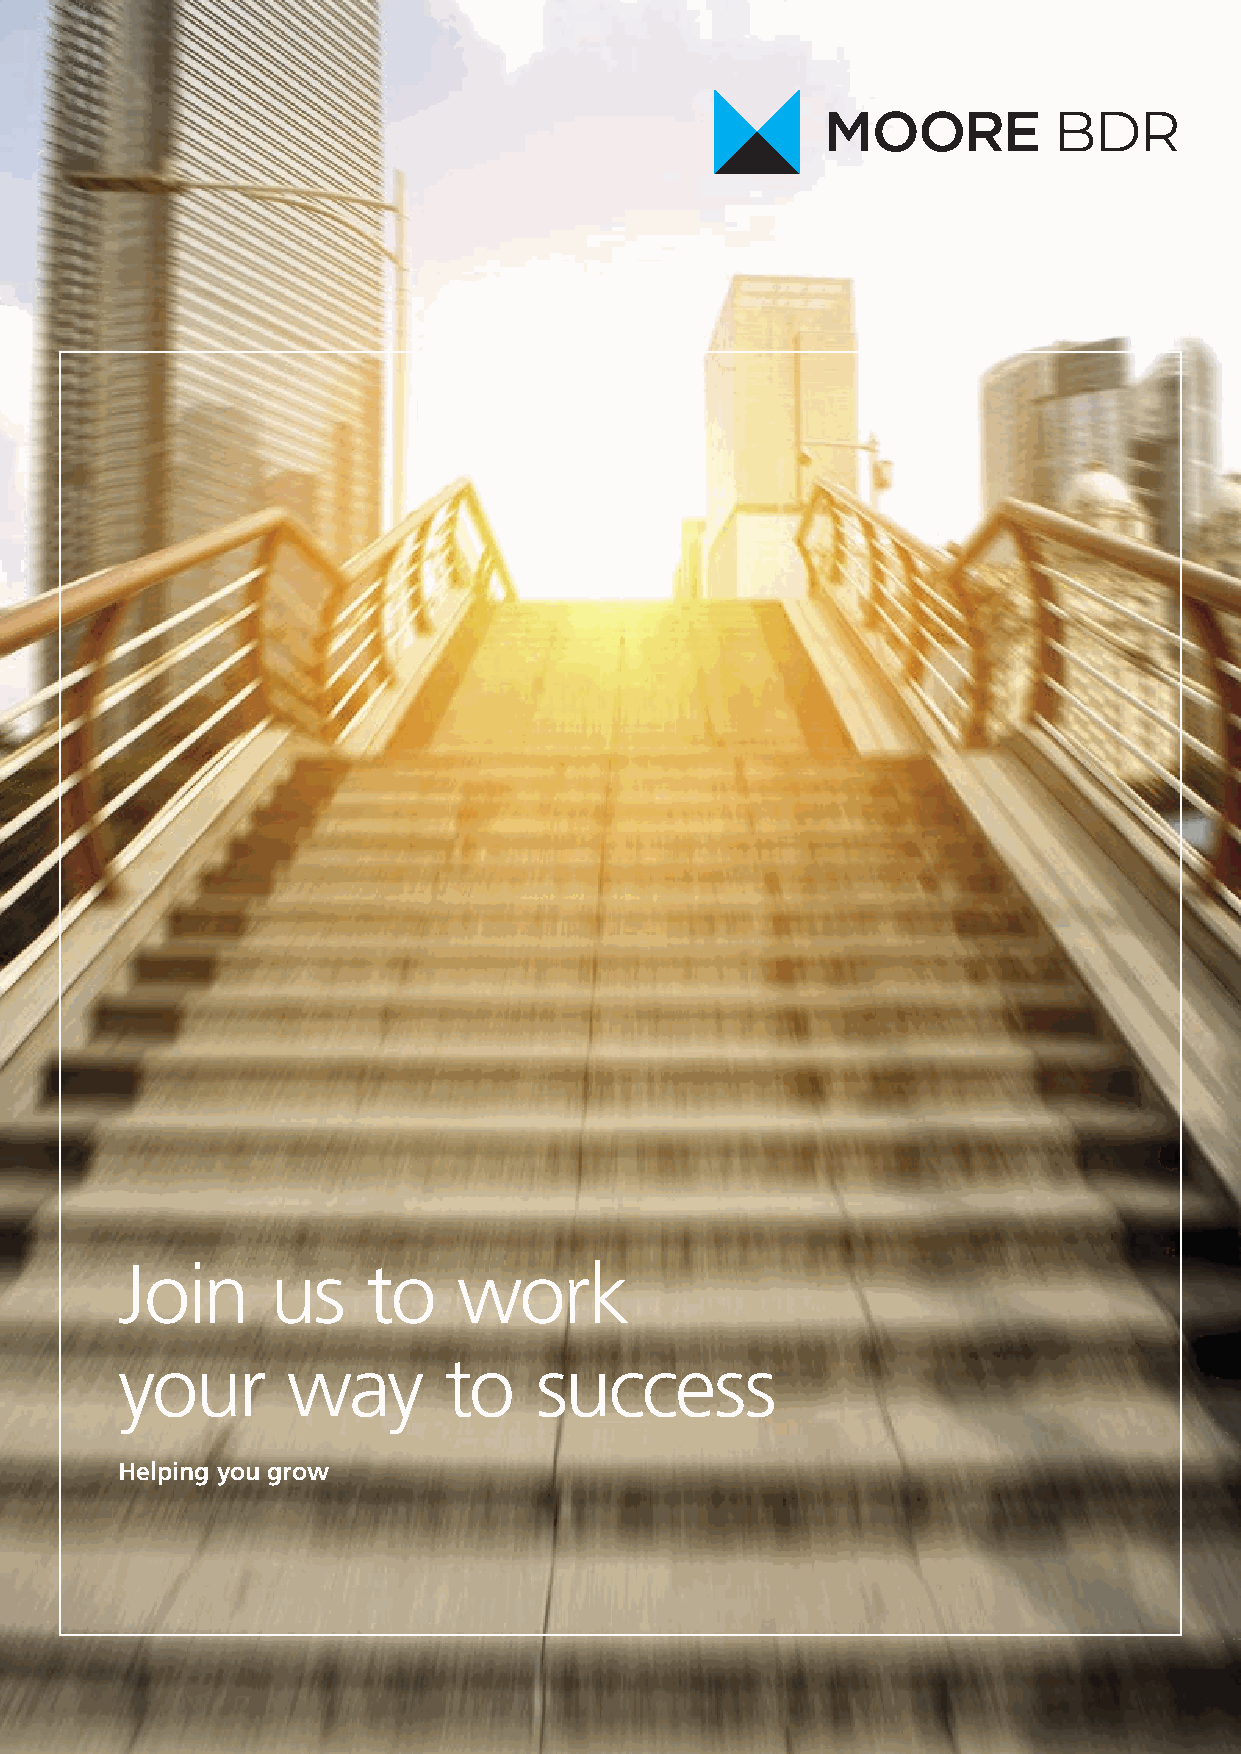
Join      us    to    work
 your       way       to    success
 Helping you grow